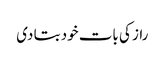
راز کی بات خود بتا دی